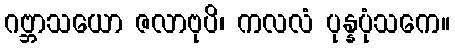
ဂဗ္ဘာသယော ဇလာဗုပိ၊ ကလလံ ပုန္နပုံသကေ။